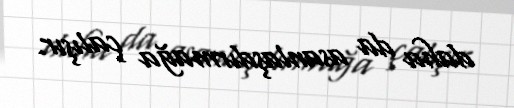
daha da asanlaşdırmağa çalışır.